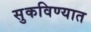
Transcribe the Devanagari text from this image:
सुकविण्यात